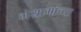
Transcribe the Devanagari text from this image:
मेश्रामांच्या